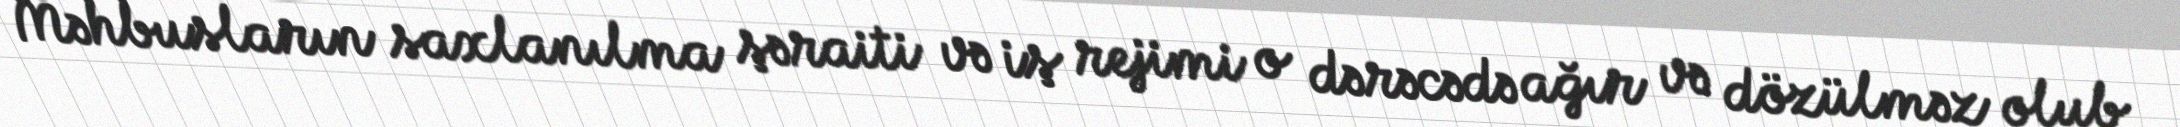
Məhbusların saxlanılma şəraiti və iş rejimi o dərəcədə ağır və dözülməz olub